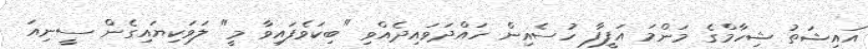
އައިޝަތު ޝިހާމްގެ މަންމަ އަފީފާ ހުސެއިން ހައްދަވައިދެއްވި "ބިކަވެފައިވާ މީ" ލަވަކިޔައިގެން ސީނިއަ